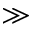
\gg